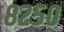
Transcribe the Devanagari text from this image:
८२५०